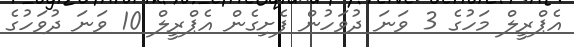
އެޕްރީލް މަހުގެ 3 ވަނަ ދުވަހުން ފެށިގެން އެޕްރީލް 10 ވަނަ ދުވަހުގެ